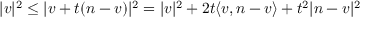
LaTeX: | v | ^ { 2 } \leq | v + t ( n - v ) | ^ { 2 } = | v | ^ { 2 } + 2 t \langle v , n - v \rangle + t ^ { 2 } | n - v | ^ { 2 }